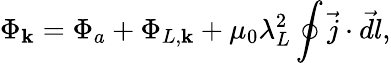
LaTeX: \Phi_{\mathbf{k}}=\Phi_{a}+\Phi_{L,\mathbf{k}}+\mu_{0}\lambda_{L}^{2}\oint\vec{{j}}\cdot\vec{{dl}},